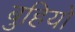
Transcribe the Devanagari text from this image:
बुहियो